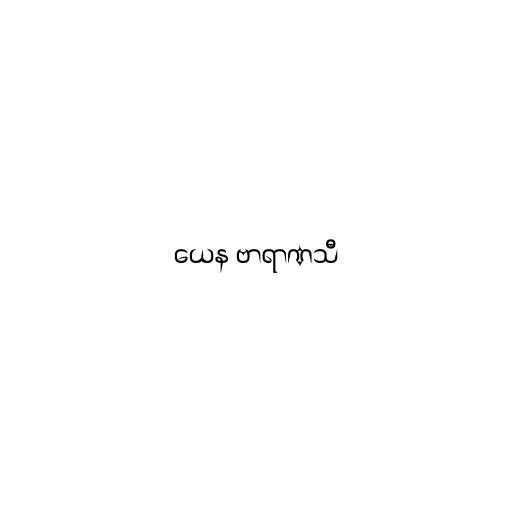
ယေန ဗာရာဏသီ